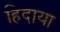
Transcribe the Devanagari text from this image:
हिदाया